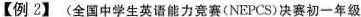
【例2】(全国中学生英语能力竞赛(NEPCS)决赛初一年级